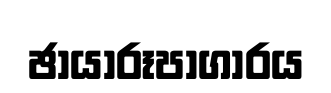
ඡායාරූපාගාරය